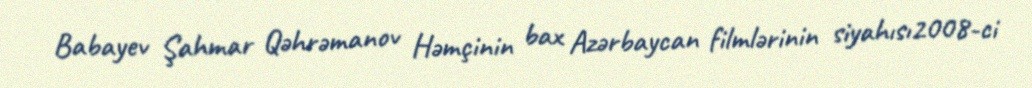
Babayev Şahmar Qəhrəmanov Həmçinin bax Azərbaycan filmlərinin siyahısı2008-ci